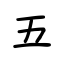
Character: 五